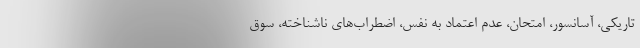
تاریکی، آسانسور، امتحان، عدم اعتماد به نفس، اضطراب‌های ناشناخته، سوق